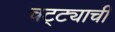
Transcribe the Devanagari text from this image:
चट्ट्याची